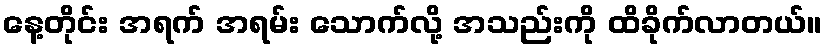
နေ့တိုင်း အရက် အရမ်း သောက်လို့ အသည်းကို ထိခိုက်လာတယ်။